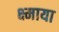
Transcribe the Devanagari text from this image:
क्ष्माया